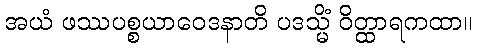
အယံ ဖဿပစ္စယာဝေဒနာတိ ပဒသ္မိံ ဝိတ္ထာရကထာ။